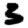
Digit: 3